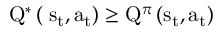
{ \mathrm { { Q } } ^ { * } } \left( { \; { \mathrm { { s } } _ { \mathrm { { t } } } } , { \mathrm { { a } } _ { \mathrm { { t } } } } } \right) \ge { \mathrm { { Q } } ^ { \pi } } \left( { { \mathrm { { s } } _ { \mathrm { { t } } } } , { \mathrm { { a } } _ { \mathrm { { t } } } } } \right)